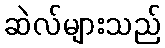
ဆဲလ်များသည်